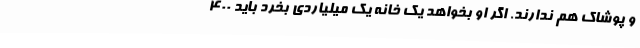
و پوشاک هم ندارند. اگر او بخواهد یک خانه یک میلیاردی بخرد باید 400